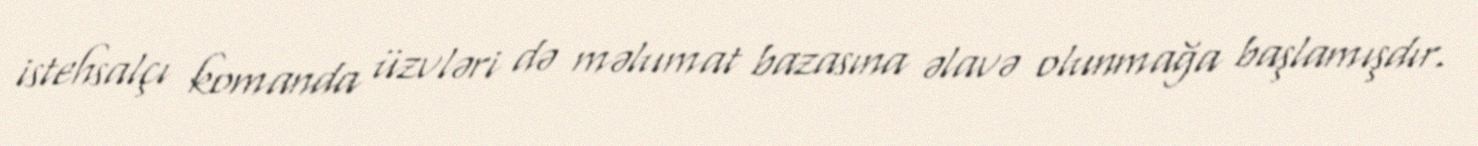
istehsalçı komanda üzvləri də məlumat bazasına əlavə olunmağa başlamışdır.